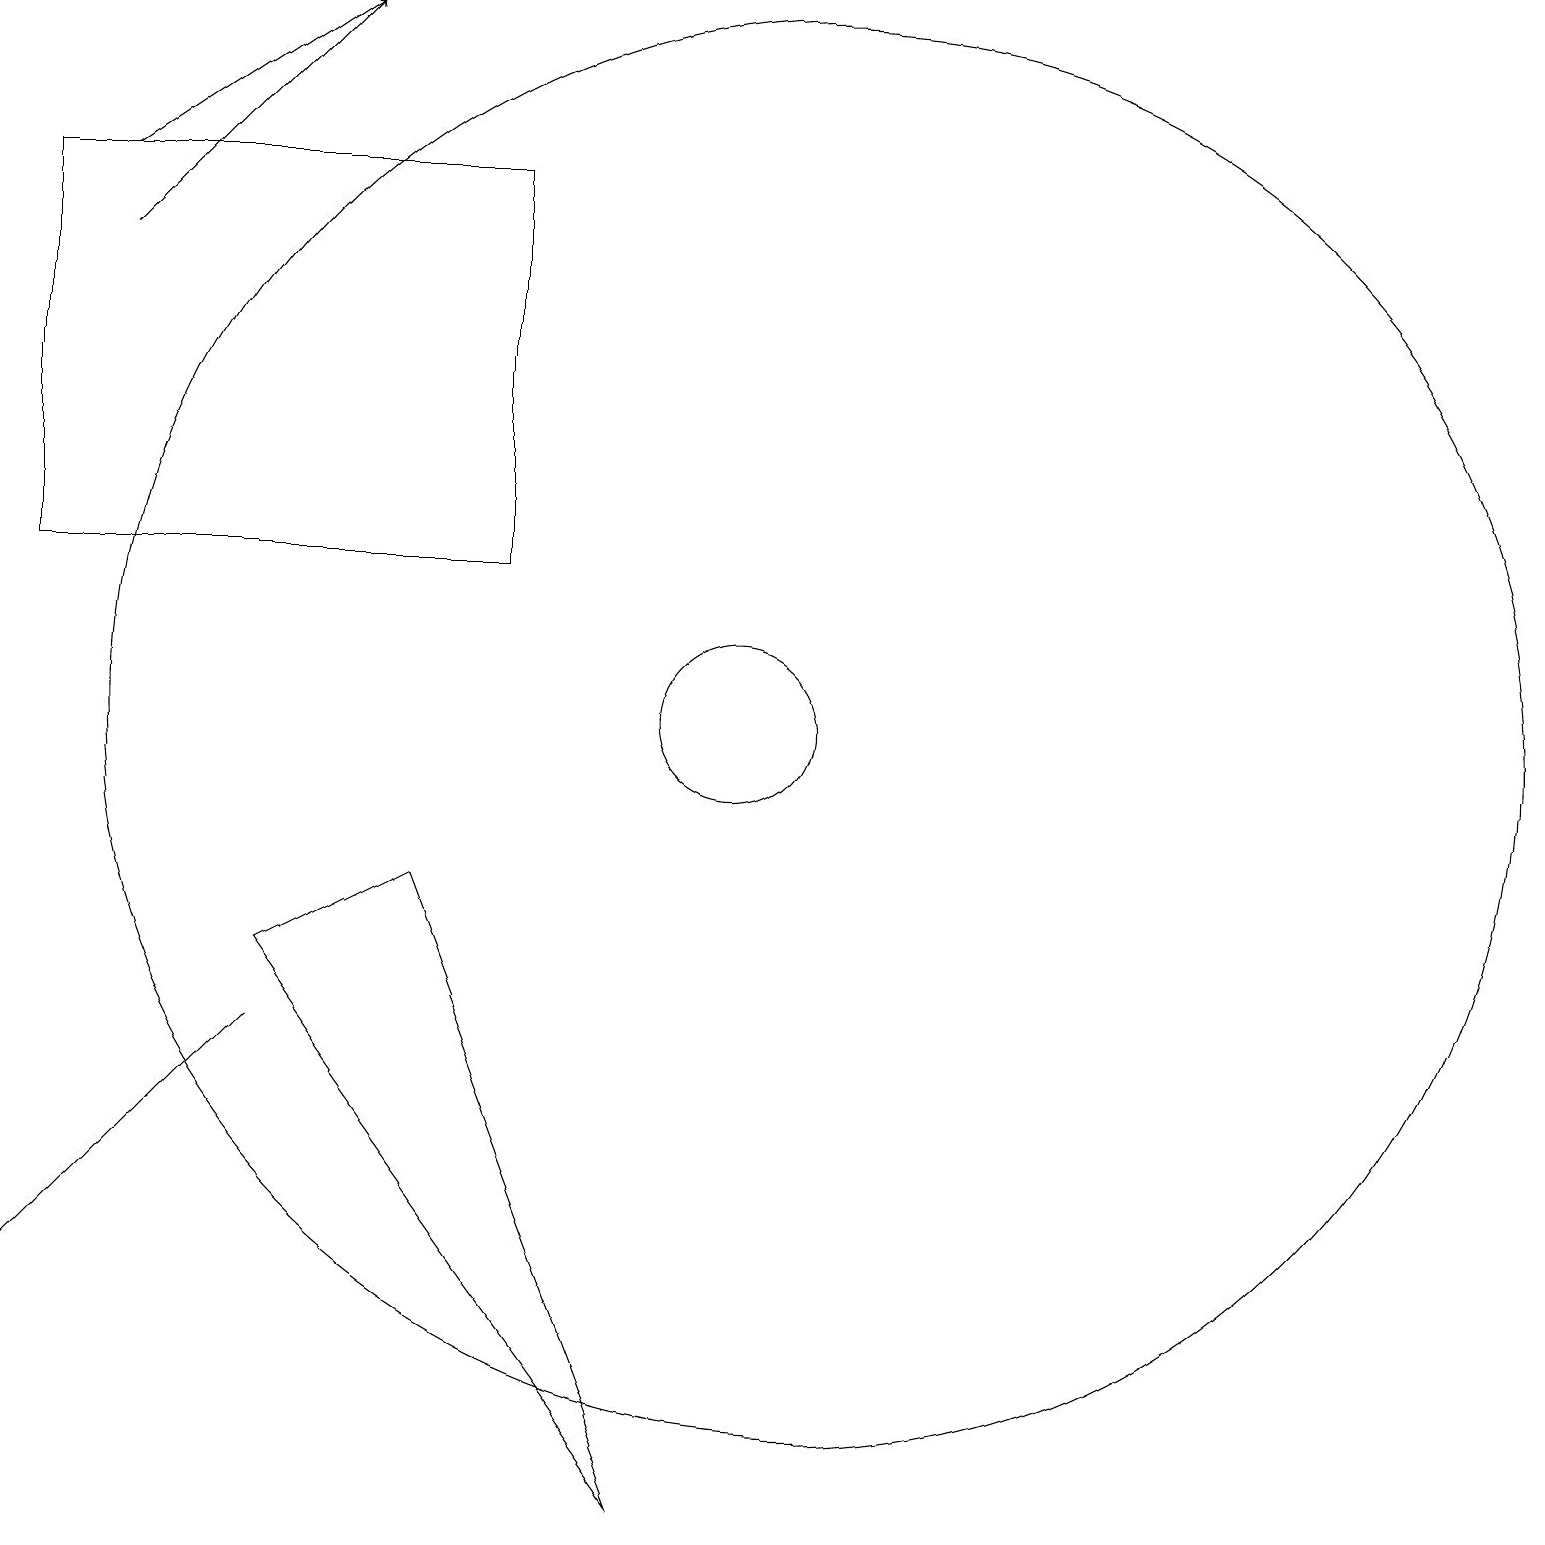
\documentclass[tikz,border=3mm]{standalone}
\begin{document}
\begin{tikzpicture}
\draw[->] (2,17) -- (5,19);
\draw[->] (2,16) -- (5,19);
\draw (11,10) circle (9);
\draw (7,17) rectangle (1,12);
\draw (10,10) circle (1);
\draw (4,6) -- (4,6) -- (1,3) -- cycle;
\draw (6,8) -- (9,0) -- (4,7) -- cycle;
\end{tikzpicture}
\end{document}